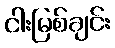
ငါးမြစ်ချင်း